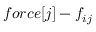
f o r c e [ j ] - f _ { i j }